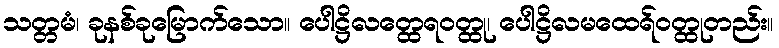
သတ္တမံ၊ ခုနစ်ခုမြောက်သော။ ပေါဋ္ဌိလတ္ထေရဝတ္ထု၊ ပေါဋ္ဌိလမထေရ်ဝတ္ထုတည်း။